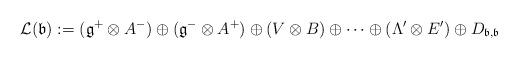
LaTeX: \begin{align*}\mathcal{L}(\mathfrak{b}):=(\mathfrak{g^{+}}\otimes A^{-})\oplus(\mathfrak{g}^{-}\otimes A^{+})\oplus(V\otimes B)\oplus\cdots\oplus(\Lambda'\otimes E')\oplus D_{\mathfrak{b},\mathfrak{b}}\end{align*}